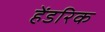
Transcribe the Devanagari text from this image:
हेंडरिक